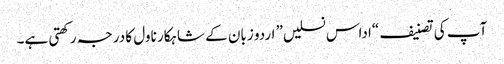
آپ کی تصنیف “اداس نسلیں” اردو زبان کے شاہکار ناول کا درجہ رکھتی ہے۔